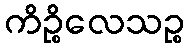
ကိဉ္စိလေသဉ္စ